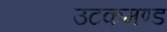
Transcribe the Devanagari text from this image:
उटकमण्ड